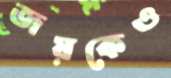
জয়কেও